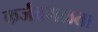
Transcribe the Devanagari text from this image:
कर्जवगळता